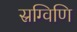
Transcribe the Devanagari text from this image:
स्रग्विणि